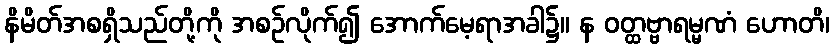
နိမိတ်အစရှိသည်တို့ကို အစဉ်လိုက်၍ အောက်မေ့ရာအခါ၌။ န ဝတ္ထဗ္ဗာရမ္မဏံ ဟောတိ၊